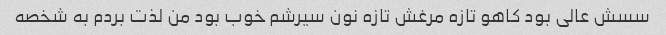
سسش عالی بود کاهو تازه مرغش تازه نون سیرشم خوب بود من لذت بردم به شخصه